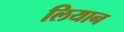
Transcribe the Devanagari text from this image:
लियान